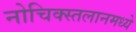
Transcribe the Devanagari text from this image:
नोचिक्स्तलानमध्ये